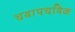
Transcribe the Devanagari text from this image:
चयापचयिक